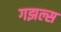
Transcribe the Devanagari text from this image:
गझल्स